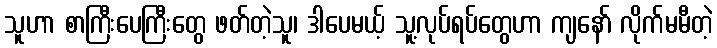
သူဟာ စာကြီးပေကြီးတွေ ဖတ်တဲ့သူ၊ ဒါပေမယ့် သူ့လုပ်ရပ်တွေဟာ ကျနော် လိုက်မမီတဲ့